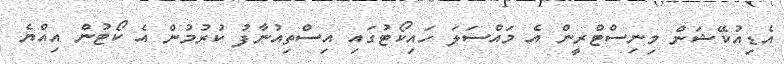
އެޑިއުކޭޝަން މިނިސްޓްރީން އެ މައްސަލަ ހައިކޯޓުގައި އިސްތިއުނާފު ކުރުމުން އެ ކޯޓުން އިއްޔެ